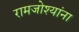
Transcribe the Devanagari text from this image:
रामजोश्यांना